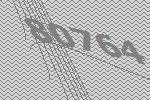
80764